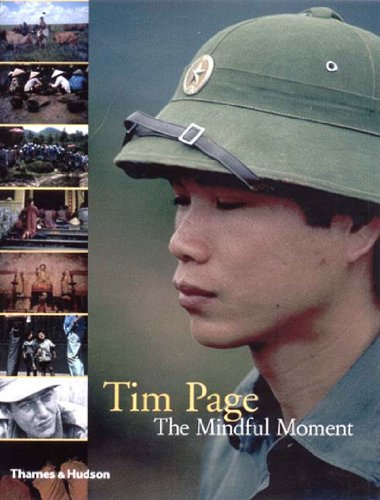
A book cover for The Mindful Moment; Tim Page; Travel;